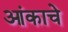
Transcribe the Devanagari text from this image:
आंकाचे